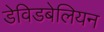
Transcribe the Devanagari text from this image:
डेविडबेलियन